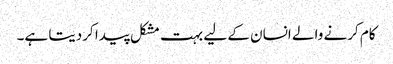
کام کرنے والے انسان کے لیے بہت مشکل پیدا کردیتا ہے۔